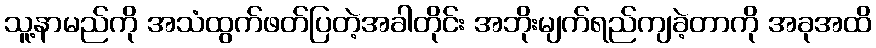
သူ့နာမည်ကို အသံထွက်ဖတ်ပြတဲ့အခါတိုင်း အဘိုးမျက်ရည်ကျခဲ့တာကို အခုအထိ